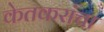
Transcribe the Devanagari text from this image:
केतकरांचा